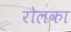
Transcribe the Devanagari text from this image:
रोलका